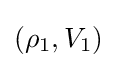
(\rho _{1},V_{1})